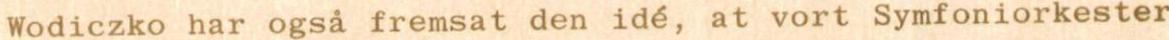
Wodiczko har også fremsat den idé, at vort Symfoniorkester